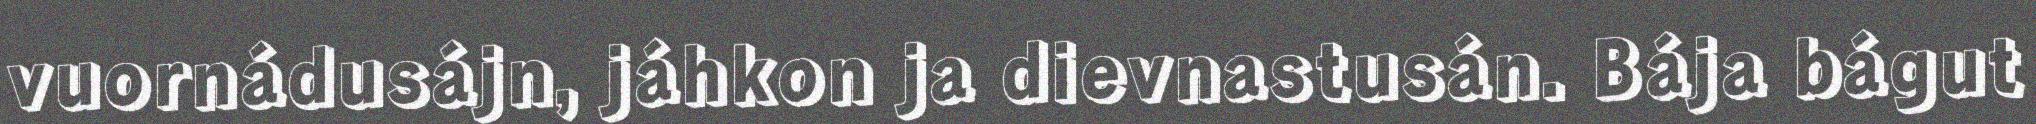
vuornádusájn, jáhkon ja dievnastusán. Bája bágut